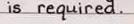
is required.